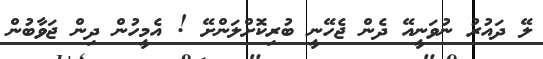
ލޭ ދައުރު ނުވަނީއޭ ދެން ޖެހޭނީ ބުރިކޮށްލަންށޭ ! އެމީހުން ދިން ޖަވާބުން